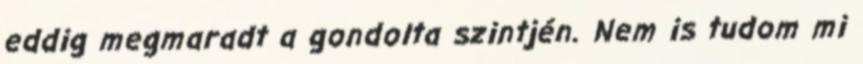
eddig megmaradt a gondolta szintjén. Nem is tudom mi